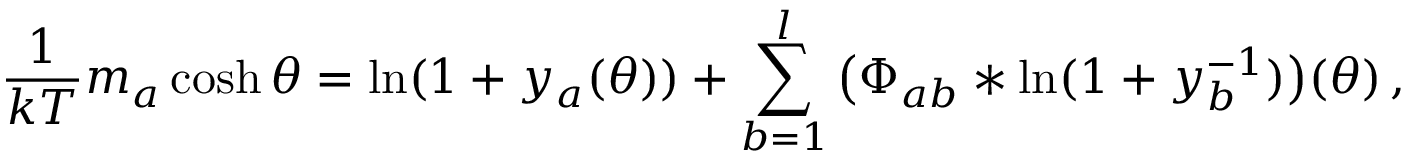
\frac { 1 } { k T } m _ { a } \cosh \theta = \ln ( 1 + y _ { a } ( \theta ) ) + \sum _ { b = 1 } ^ { l } \, \bigl ( \Phi _ { a b } * \ln ( 1 + y _ { b } ^ { - 1 } ) \bigr ) ( \theta ) \, ,